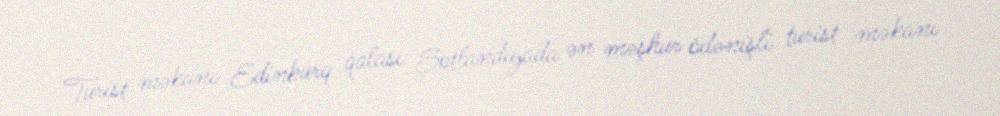
Turist məkanı Edinburq qalası Şotlandiyada ən məşhur ödənişli turist məkanı